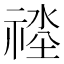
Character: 𱵠